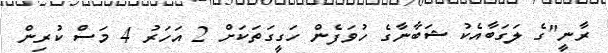
ރާނީ"ގެ ލަގަބާއެކު ޝަބާނާގެ ހުވަފެން ހަގީގަތަކަށް 2 އަހަރު 4 މަސް ކުރިން